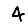
Digit: 4